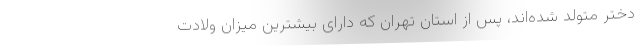
دختر متولد شده‌اند، پس از استان تهران که دارای بیشترین میزان ولادت